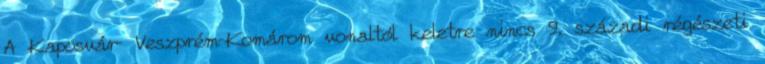
A Kaposvár– Veszprém–Komárom vonaltól keletre nincs 9. századi régészeti